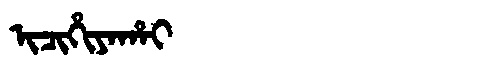
Manchu: ᡳᠴᡳᡥᡳᠶᠠᡥᠠᡳ
Romanization: ICIHIYAHAI